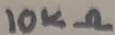
Text: 10KΩ